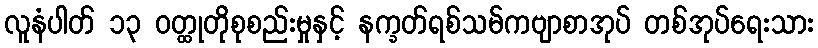
လူနံပါတ် ၁၃ ဝတ္ထုတိုစုစည်းမှုနှင့် နက္ခတ်ရစ်သမ်ကဗျာစာအုပ် တစ်အုပ်ရေးသား